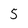
Character: 5